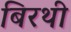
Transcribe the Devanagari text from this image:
बिरथी